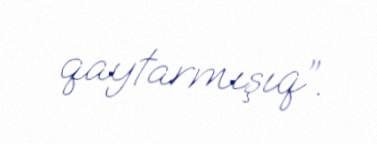
qaytarmışıq”.